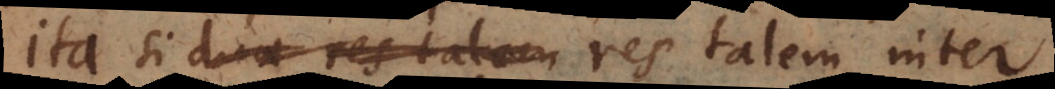
ita si duae res talem res talem inter